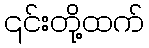
၎င်းတို့ထက်